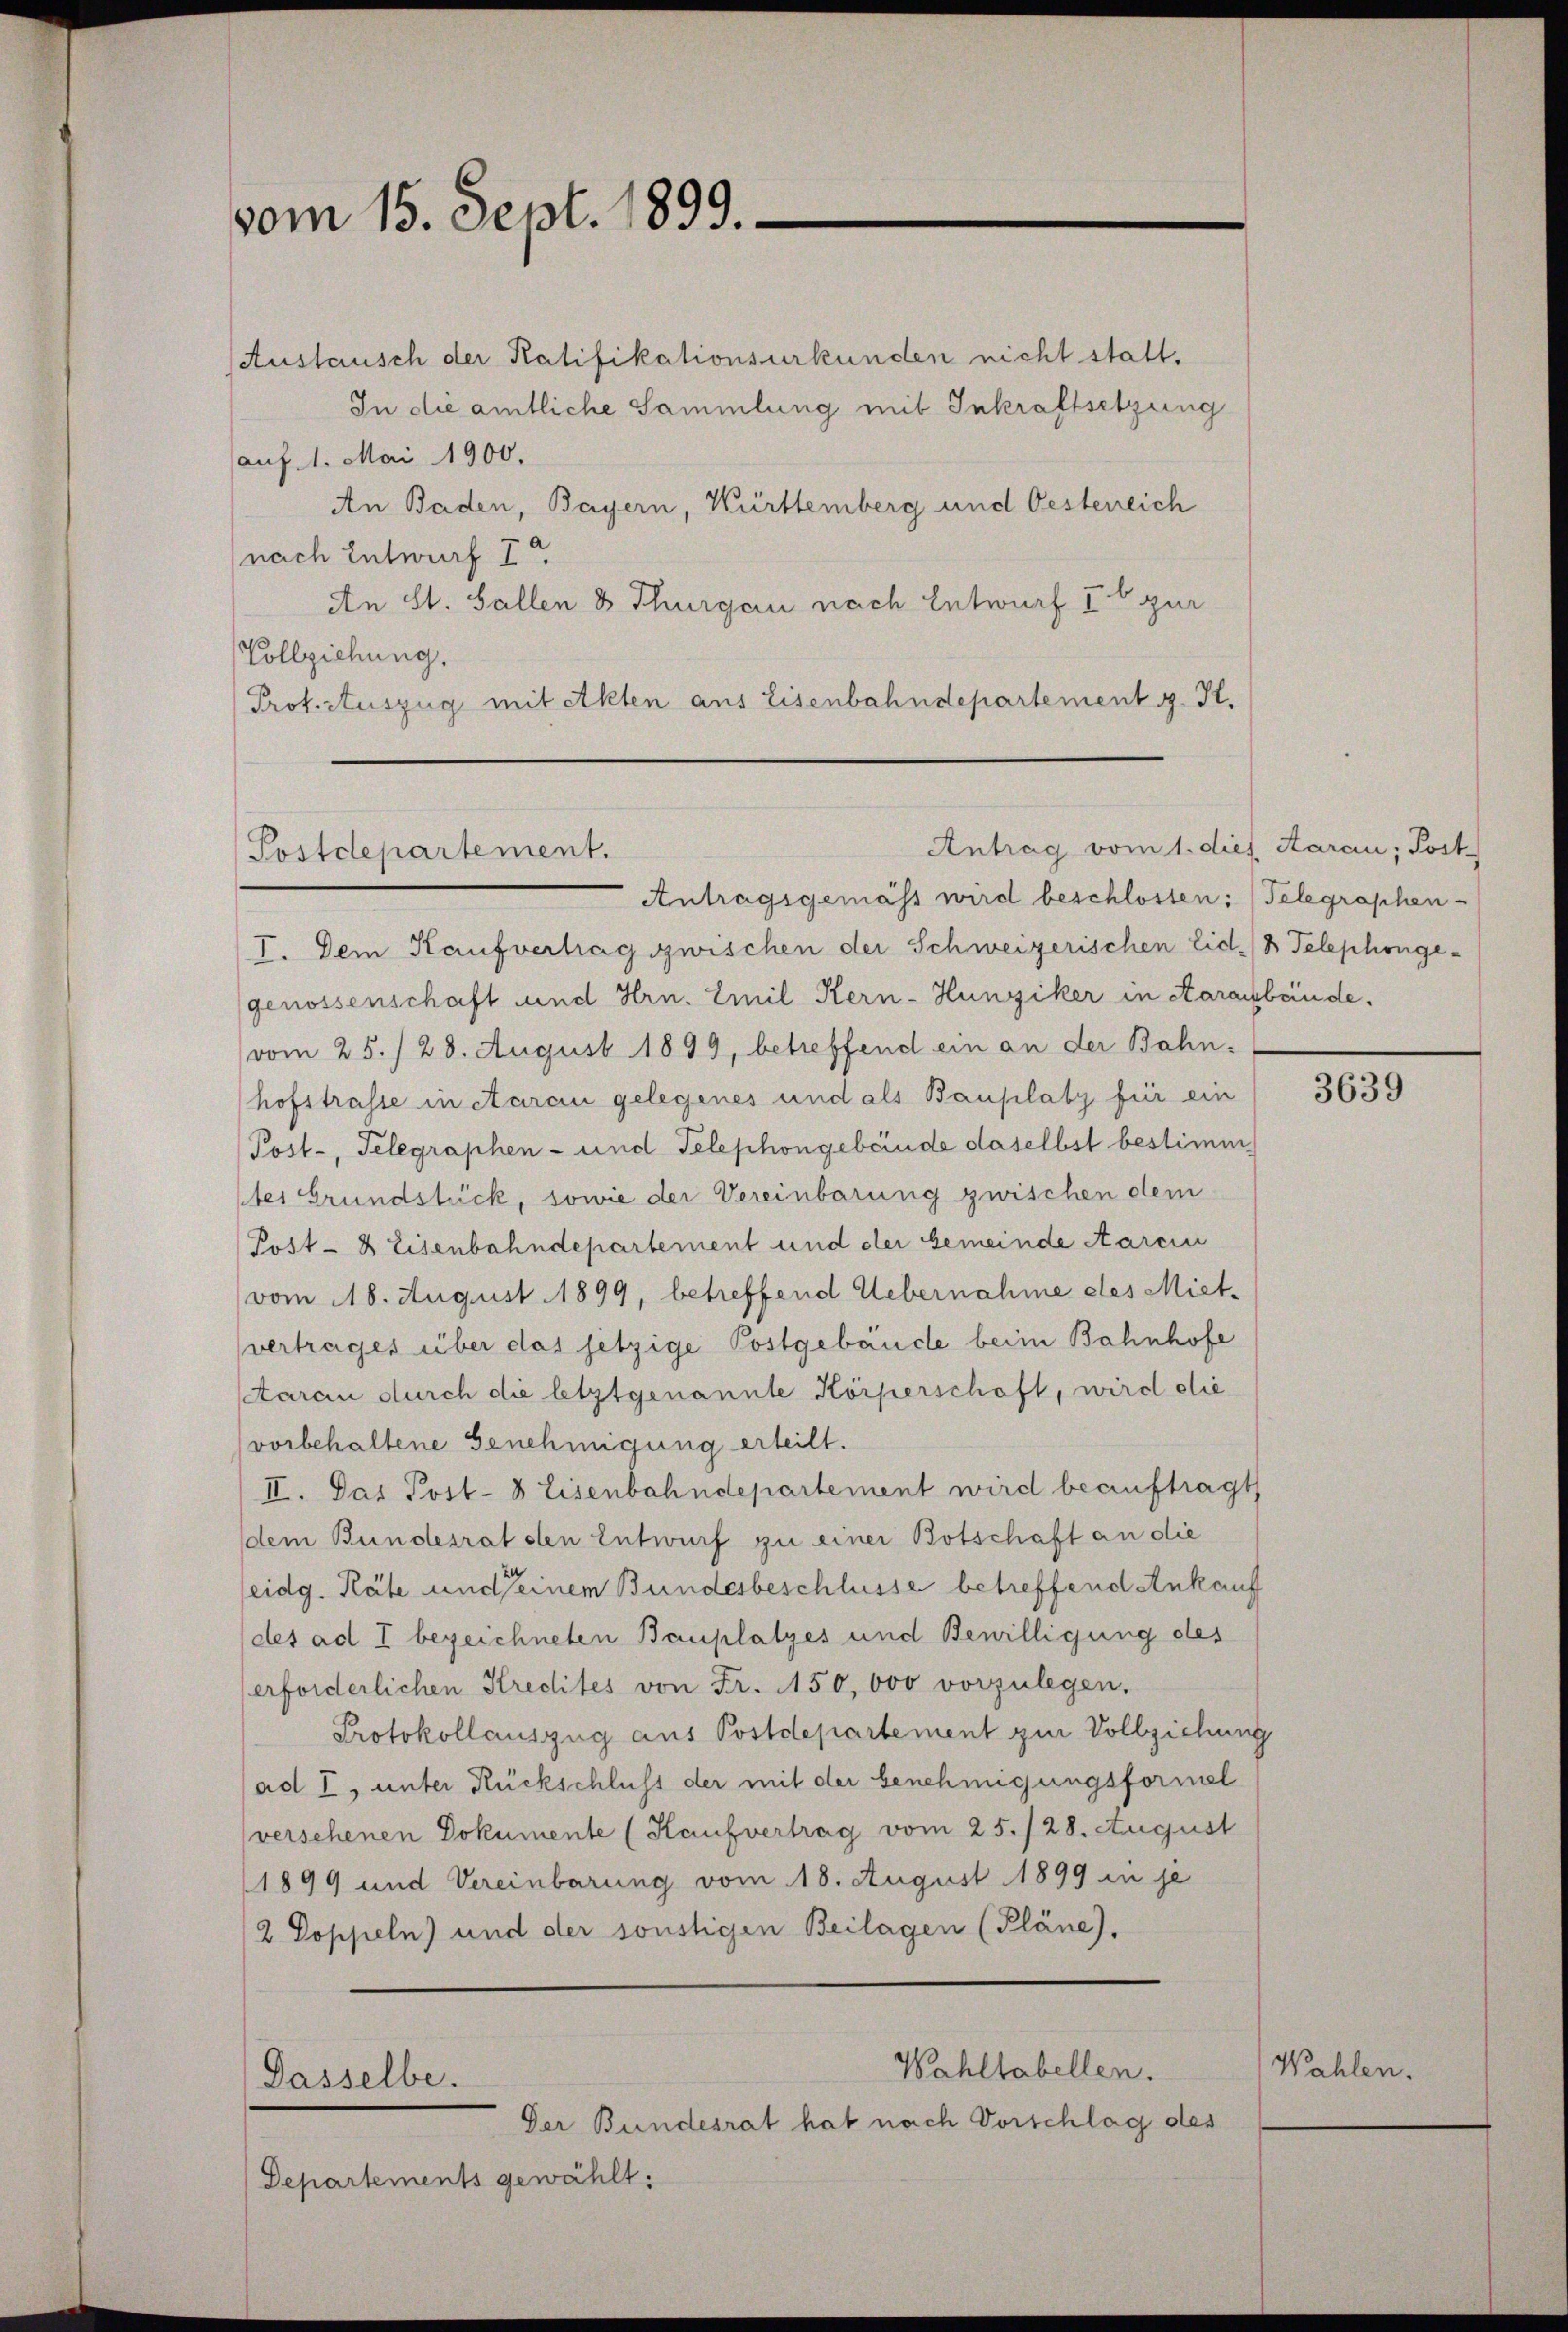
vom 15. Sept. 1899.

Austausch der Ratifikationsurkunden nicht statt.
In die amtliche Sammlung mit Inkraftsetzung
auf 1. Mai 1900.
An Baden, Bayern, Württemberg und Oesterreich
nach Entwurf 7.
An St. Gallen & Thurgau nach Entwurf I b zur
Vollziehung.
Protectuszug mit Akten aus Eisenbahndepartement z. K.

Postdepartement.

Dasselbe.

Antrag vom 1. dies Aarau; Post

Der Bundesrat hat nach Vorschlag des
Departements gewählt:

Wahltabellen.

Antragsgemäss wird beschlossen: (Telegraphen-
I. Dem Kaufvertrag zwischen der Schweizerischen Eid. Telephonge-
genossenschaft und Hrn. Emil Kern-Hunziker in Aarausbaude.
vom 25. / 28. August 1899, betreffend ein an der Bahn-
hofstrasse in Aarau gelegenes und als Bauplatz für ein
Post-, Telegraphen- und Telephongebende daselbst bestimm
tes Grundstück, sowie der Vereinbarung zwischen dem
Post- & Eisenbahndepartement und der Gemeinde Aarcin
vom 18. August 1899, betreffend Uebernahme des Miet-
vertrages über das jetzige Postgebäude beim Bahnhofe
Aarau durch die letztgenannte Körperschaft, wird die
vorbehaltene Genehmigung erteilt.
II. Das Post- 8 Eisenbahndepartement wird beauftragt
dem Bundesrat den Entwurf zu einer Botschaft an die
eidg. Räte und seinem Bundesbeschlüsse betreffend Ankauf
des ad I bezeichneten Bauplatzes und Bewilligung des
erforderlichen Kredites von Fr. 150,000 vorzulegen.
Protokollauszug aus Postdepartement zur Vollziehung
ad I, unter Rückschluss der mit der benehmigungsformel
verschenen Dokumente (Kaufvertrag vom 25./28. August
(1899 und Vereinbarung vom 18. August 1899 in je
2 Doppeln) und der sonstigen Beilagen (Pläne),

3639

Wahlen.